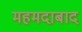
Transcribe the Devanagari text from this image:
महमदाबाद